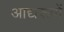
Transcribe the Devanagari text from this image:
आद्यरूपों